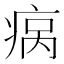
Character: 𬏮